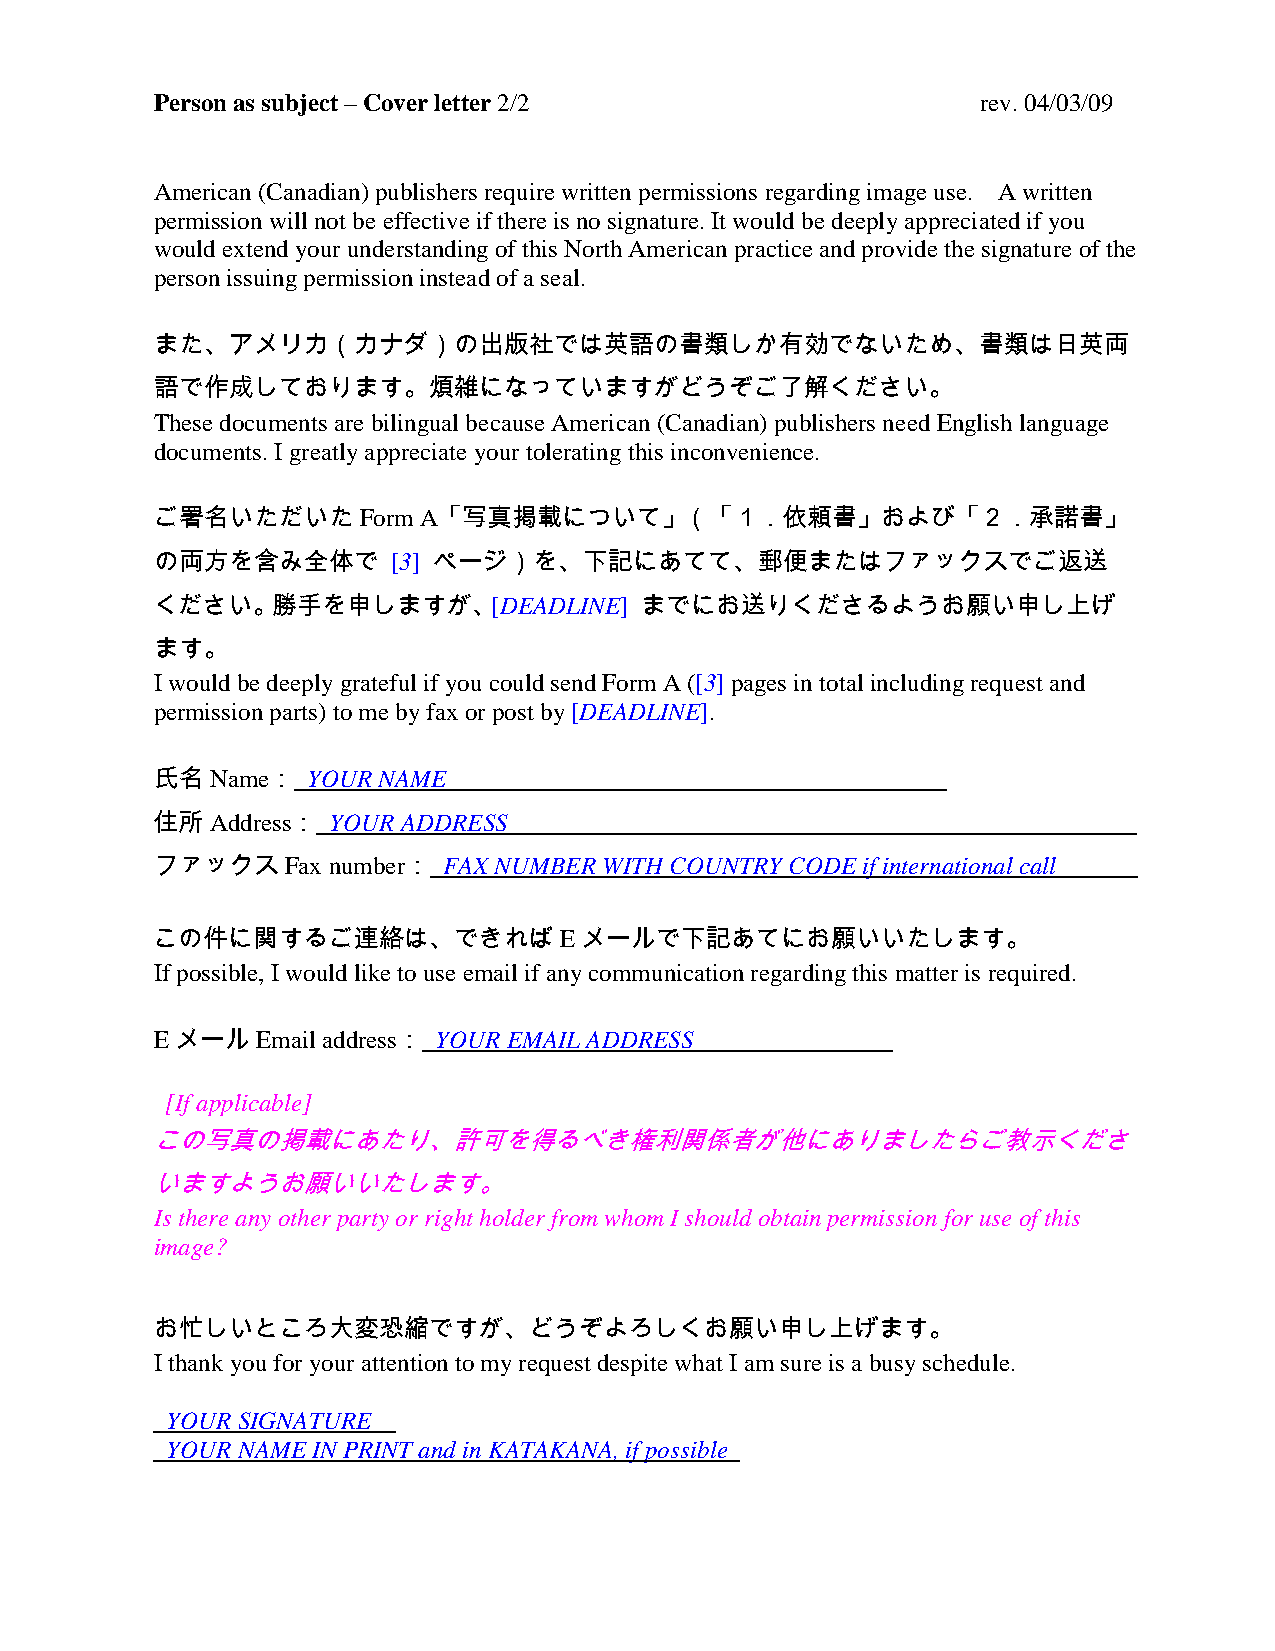
Person as subject – Cover letter 2/2                   rev. 04/03/09
 American (Canadian) publishers require written permissions regarding image use. A written
 permission will not be effective if there is no signature. It would be deeply appreciated if you
 would extend your understanding of this North American practice and provide the signature of the
 person issuing permission instead of a seal.
 また、アメリカ（カナダ）の出版社では英語の書類しか有効でないため、書類は日英両
 語で作成しております。煩雑になっていますがどうぞご了解ください。
 These documents are bilingual because American (Canadian) publishers need English language
 documents. I greatly appreciate your tolerating this inconvenience.
 ご署名いただいたForm      A「写真掲載について」（「１．依頼書」および「２．承諾書」
 の両方を含み全体で       [3] ページ）を、下記にあてて、郵便またはファックスでご返送
 ください。勝手を申しますが、[DEADLINE]        までにお送りくださるようお願い申し上げ
 ます。
 I would be deeply grateful if you could send Form A ([3] pages in total including request and
 permission parts) to me by fax or post by [DEADLINE].
 氏名Name：   YOUR NAME______________
 住所Address：  YOUR ADDRESS__________________________________________________
 ファックスFax    number： FAX NUMBER WITH COUNTRY CODE if international call______
 この件に関するご連絡は、できればEメールで下記あてにお願いいたします。
 If possible, I would like to use email if any communication regarding this matter is required.
 EメールEmail  address： YOUR EMAIL ADDRESS__________
 [If applicable]
 この写真の掲載にあたり、許可を得るべき権利関係者が他にありましたらご教示くださ
 いますようお願いいたします。
 Is there any other party or right holder from whom I should obtain permission for use of this
 image?
 お忙しいところ大変恐縮ですが、どうぞよろしくお願い申し上げます。
 I thank you for your attention to my request despite what I am sure is a busy schedule.
 YOUR SIGNATURE_
 YOUR NAME IN PRINT and in KATAKANA, if possible_